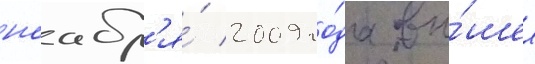
ноабр'я́ 2009 го́да вы́шел